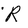
Character: R